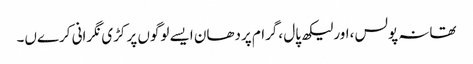
تھانہ پولس ،اور لیکھ پال ،گرام پردھان ایسے لوگوں پر کڑی نگرانی کرےں۔